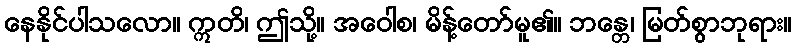
နေနိုင်ပါသလော။ ဣတိ၊ ဤသို့။ အဝေါစ၊ မိန့်တော်မူ၏။ ဘန္တေ၊ မြတ်စွာဘုရား။